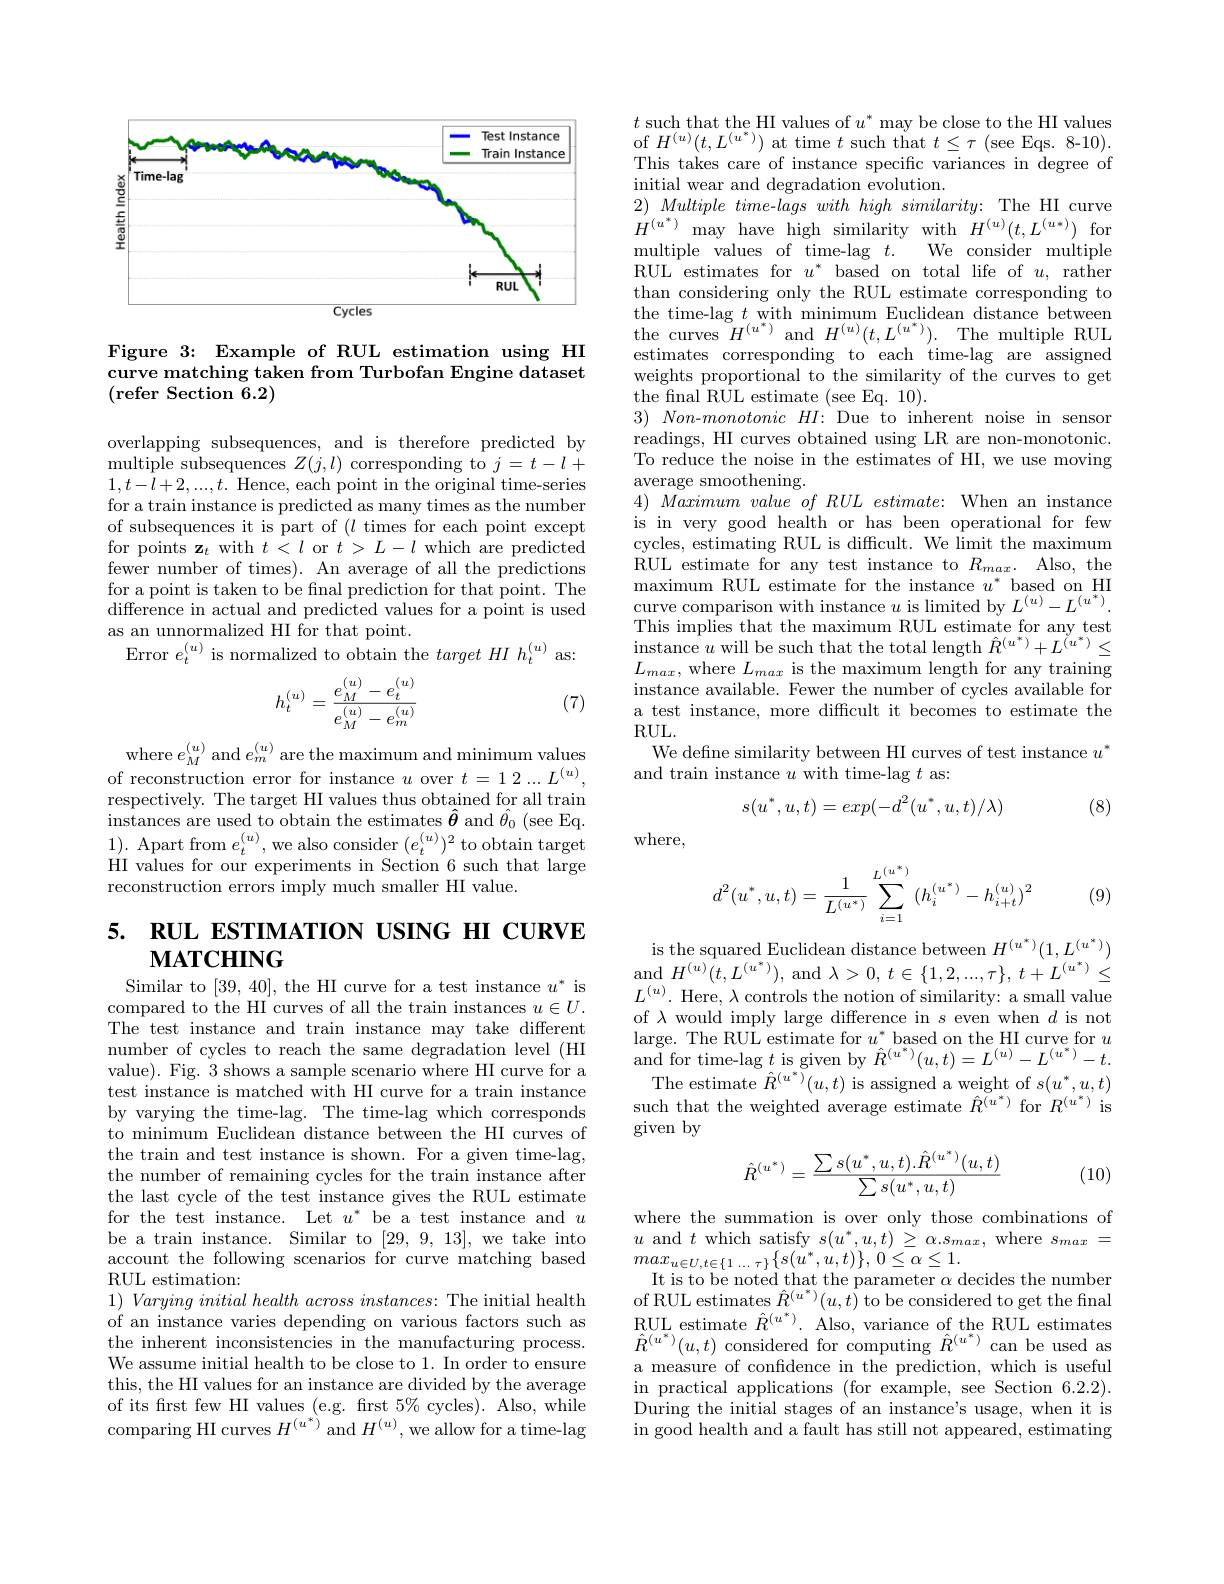
<FigureHere>

Figure 3: Example of RUL estimation using HI curve matching taken from Turbofan Engine dataset (refer Section $\tilde6.2)$

overlapping subsequences, and is therefore predicted by multiple subsequences $Z(j,l)$ corresponding to $j=t-l+$ $1,t-l+2,...,t.$ Hence, each point in the original time-series for a train instance is predicted as many times as the number of subsequences it is part of $(l$ times for each point except for points $\mathbf{z}_t$ with $t<l$ or $t>L-l$ which are predicted fewer number of times). An average of all the predictions for a point is taken to be final prediction for that point. The difference in actual and predicted values for a point is used as an unnormalized HI for that point.
Error $e_t^{(u)}$ is normalized to obtain the $targetHIh_t^{(u)}$ as:
$$h_t^{(u)}=\frac{e_M^{(u)}-e_t^{(u)}}{e_M^{(u)}-e_m^{(u)}}$$
(7)

where $e_M^{(u)}$ and $e_m^{(u)}$ are the maximum and minimum values of reconstruction error for instance $u$ over $t=12...L^{(u)}$, respectively. The target HI values thus obtained for all train $\begin{array}{c}{\mathrm{instances~are~used~to~obtain~the~estimates~}\hat{\boldsymbol{\theta}}~and~\hat{\theta}_{0}~(see~Eq.}\end{array}$ 1). Apart from $e_t^(u)$,we also consider $(e_t^{(u)})^2$ to obtain target HI values for our experiments in Section 6 such that large reconstruction errors imply much smaller HI value.

# 5. RUL ESTIMATION USING HI CURVE $\mathbf{MATCHING}$

Similar to [39,40], the HI curve for a test instance $u^*$ is compared to the HI curves of all the train instances $u\in U.$ The test instance and train instance may take different number of cycles to reach the same degradation level (HI value). Fig. 3 shows a sample scenario where HI curve for a test instance is matched with HI curve for a train instance by varying the time-lag. The time-lag which corresponds to minimum Euclidean distance between the HI curves of the train and test instance is shown. For a given time-lag, the number of remaining cycles for the train instance after the last cycle of the test instance gives the RUL estimate for the test instance. Let $u^*$ be a test instance and $u$ be a train instance. Similar to [29,9,13],we take into account the following scenarios for curve matching based RUL estimation:
$1) \textit{ Varying initial health across instances: The initial health}$ of an instance varies depending on various factors such as the inherent inconsistencies in the manufacturing process. We assume initial health to be close to 1. In order to ensure this, the HI values for an instance are divided by the average of its frst few HI values (e.g. first $5\%$ cycles). Also, while comparing HI curves $H^{(u^*)}$ and $H^(u)$, we allow for a time-lag

$t$ such that the HI values of $u^*$ may be close to the HI values of $H^{(u)}(t,L^{(u^{*})})$ at time $t$ such that $t\leq\tau$ (see Eqs. 8-10). This takes care of instance specific variances in degree of initial wear and degradation evolution.
$2)Multipletime-lagswithhighsimilarity:$The HI curve $H^{(u^*)}$may have high similarity with $H^(u)(t,L^{(u*)})$ for multiple values of time-lag $t.$ We consider multiple RUL estimates for $u^*$ based on total life of $u$, rather than considering only the RUL estimate corresponding to the time-lag $t$ with minimum Euclidean distance between $\begin{array}{l}{\mathrm{the~curves~}H^{(u^{*})}\mathrm{~and~}H^{(u)}(t,L^{(u^{*})}).\mathrm{~The~multiple~RUL}}\\{\mathrm{estimates~corresponding~to~each~time-lag~are~assigned}}\end{array}$ weights proportional to the similarity of the curves to get ${\mathrm{the~final~RUL~estimate~(see~Eq.~10)}}.$
$3) \textit{Non- monotonic HI: Due to inherent noise in sensor}$ readings, HI curves obtained using LR are non-monotonic. To reduce the noise in the estimates of HI, we use moving average smoothening.
$4) \textit{ Maximum value of RUL estimate: When an instance}$ is in very good health or has been operational for few cycles, estimating RUL is difficult. We limit the maximum RUL estimate for any test instance to $R_{max}.$ Also, the maximum RUL estimate for the instance $u^*$ based on HI curve comparison with instance $u$ is limited by $L^{(u)}-L^{(u^*)}.$ This implies that the maximum RUL estimate for any test $\operatorname*{instance}u$ will be such that the total length $\hat{R}^{(u^*)}+L^{(u^*)}\leq$ $L_{max}$, where $L_max$ is the maximum length for any training instance available. Fewer the number of cycles available for a test instance, more difficult it becomes to estimate the $RUL.$
We define similarity between HI curves of test instance $u^*$
and train instance $u$ with time-lag $t$ as:
$$s(u^*,u,t)=exp(-d^2(u^*,u,t)/\lambda)$$
(8)

where,
$$d^2(u^*,u,t)=\frac{1}{L^{(u^*)}}\sum_{i=1}^{L^{(u^*)}}\left(h_i^{(u^*)}-h_{i+t}^{(u)}\right)^2$$
(9)

$\begin{array}{c}\mathrm{is~the~squared~Euclidean~distance~between~}H^{(u^*)}(1,L^{(u^*)})\\\mathrm{and~}H^{(u)}(t,L^{(u^*)}),\mathrm{~and~}\lambda>0,\:t\in\{1,2,...,\tau\},\:t+L^{(u^*)}\leq\end{array}$ $L^{(u)}.$ Here, $\lambda$ controls the notion of similarity: a small value of $\lambda$ would imply large difference in $s$ even when $d$ is not $\begin{array}{l}\mathrm{large.~The~RUL~estimate~for~}u^{*}\text{ based on the HI curve for }u\\\mathrm{and~for~time-lag~}t\text{ is given by }\hat{R}^{(u^{*})}(u,t)=L^{(u)}-L^{(u^{*})}-t.\end{array}$ The estimate $\hat{R}^{(u^{*})}(u,t)$ is assigned a weight of $s(u^{*},u,t)$such that the weighted average estimate $\hat{R}^{(u^{*})}$ for $R^{(u^{*})}$ is given by
$$\hat{R}^{(u^*)}=\frac{\sum s(u^*,u,t).\hat{R}^{(u^*)}(u,t)}{\sum s(u^*,u,t)}$$
(10)

where the summation is over only those combinations of $u$ and $t$ which satisfy $s(u^*,u,t)\geq\alpha.s_{max}$, where $s_max=$ $max_{u\in U, t\in \{ 1\:\ldots \:\tau \} }\left \{ s( u^{* }, u, t) \right \} $, $0\leq \alpha \leq 1.$
It is to be noted that the parameter $\alpha$ decides the number of RUL estimates $\hat{R}^{(u^*)}(u,t)$ to be considered to get the final RUL estimate $\hat{R}^{(u^*)}.$ Also, variance of the RUL estimates $\hat{R} ^{( u^{* }) }( u, t)$ considered for computing $\hat{R} ^{( u^{* }) }$ can be used as a measure of confdence in the prediction, which is useful in practical applications (for example, see Section 6.2.2). During the initial stages of an instance's usage, when it is in good health and a fault has still not appeared, estimating